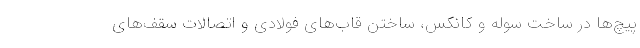
پیچ‌ها در ساخت سوله و کانکس، ساختن قاب‌های فولادی و اتصالات سقف‌های